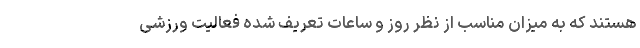
هستند که به میزان مناسب از نظر روز و ساعات تعریف شده فعالیت ورزشی